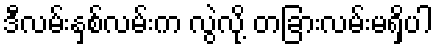
ဒီလမ်းနှစ်လမ်းက လွဲလို့ တခြားလမ်းမရှိပါ